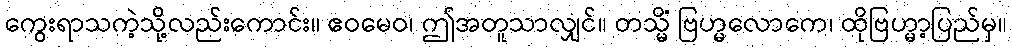
ကွေးရာသကဲ့သို့လည်းကောင်း။ ဧဝမေဝ၊ ဤအတူသာလျှင်။ တသ္မိံ ဗြဟ္မလောကေ၊ ထိုဗြဟ္မာ့ပြည်မှ။